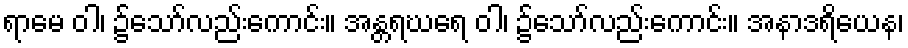
ရာမေ ဝါ၊ ၌သော်လည်းကောင်း။ အန္တရဃရေ ဝါ၊ ၌သော်လည်းကောင်း။ အနာဒရိယေန၊